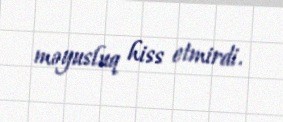
məyusluq hiss etmirdi.